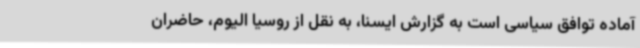
آماده توافق سیاسی است به گزارش ایسنا، به نقل از روسیا الیوم، حاضران